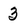
Character: 3